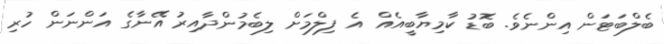
ބެލްބަޓަން އިންނެވެ. ބޮޑު ކާމިޔާބީއެއް އެ ފިލްމަށް ލިބެމުންދާއިރު އޭނާގެ އަންނަން ހުރި